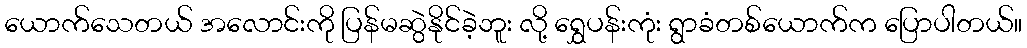
ယောက်သေတယ် အလောင်းကို ပြန်မဆွဲနိုင်ခဲ့ဘူး လို့ ရွှေပန်းကုံး ရွာခံတစ်ယောက်က ပြောပါတယ်။